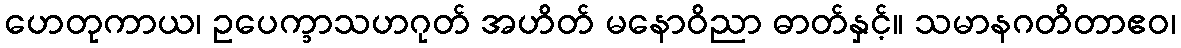
ဟေတုကာယ၊ ဥပေက္ခာသဟဂုတ် အဟိတ် မနောဝိညာ ဓာတ်နှင့်။ သမာနဂတိတာဧဝ၊